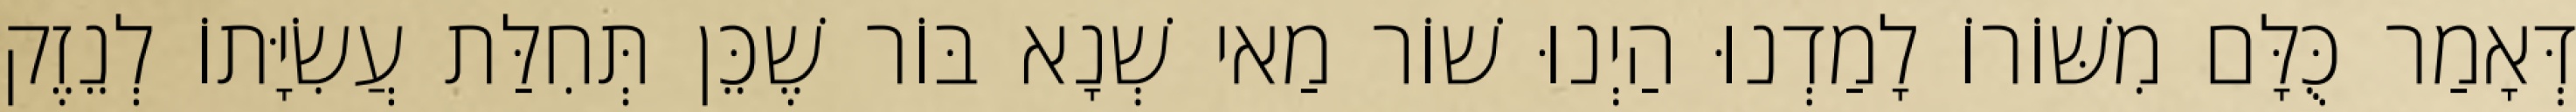
דְּאָמַר כֻּלָּם מִשּׁוֹרוֹ לָמַדְנוּ הַיְנוּ שׁוֹר מַאי שְׁנָא בּוֹר שֶׁכֵּן תְּחִלַּת עֲשִׂיָּתוֹ לְנֵזֶק